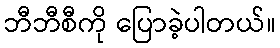
ဘီဘီစီကို ပြောခဲ့ပါတယ်။